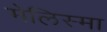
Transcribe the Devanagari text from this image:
मेलिस्मा